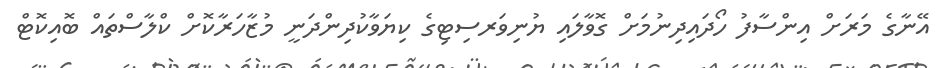
އޭނާގެ މަރަށް އިންސާފު ހޯދައިދިނުމަށް ގޮވާލައި ޔުނިވަރސިޓިގެ ކިޔަވާކުދިންދަނީ މުޒާހަރާކޮށް ކްލާސްތައް ބޮއިކޮޓް